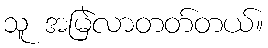
သူ အမြဲလာတတ်တယ်။